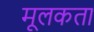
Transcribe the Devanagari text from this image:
मूलकता